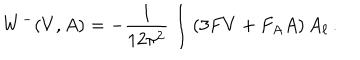
W ^ { - } ( V , A ) = - \frac { 1 } { 1 2 \pi ^ { 2 } } \int \left( 3 F V + F _ { A } A \right) A _ { \ell } \, .